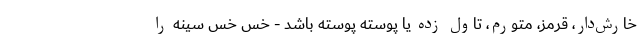
خارش‌دار، قرمز، متورم، تاول زده یا پوسته پوسته باشد - خس خس سینه را